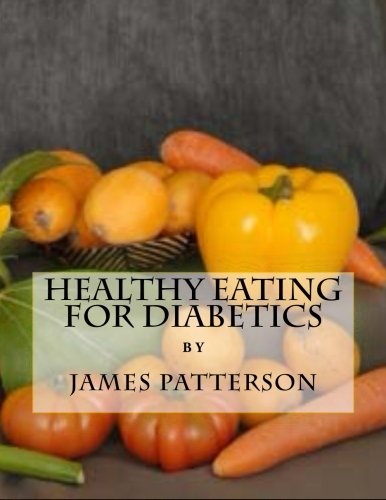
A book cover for Healthy Eating For Diabetics; James Patterson; Health, Fitness & Dieting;